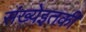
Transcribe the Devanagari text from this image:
संख्येइतकी